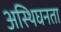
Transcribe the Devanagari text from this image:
अस्थिघनता